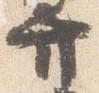
弁